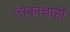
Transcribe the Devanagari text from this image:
लोकांचाही